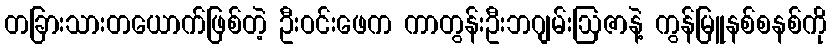
တခြားသားတယောက်ဖြစ်တဲ့ ဦးဝင်းဖေက ကာတွန်းဦးဘဂျမ်းဩဇာနဲ့ ကွန်မြူနစ်စနစ်ကို